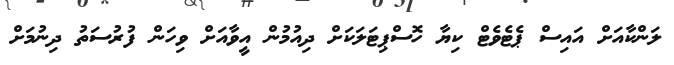
ލަންކާއަށް އައިސް ޕެޓެވެޓް ކިޔާ ހޮސްޕިޓަލަކަށް ދިއުމުން އީވާއަށް ވިހަން ފުރުސަތު ދިނުމަށް